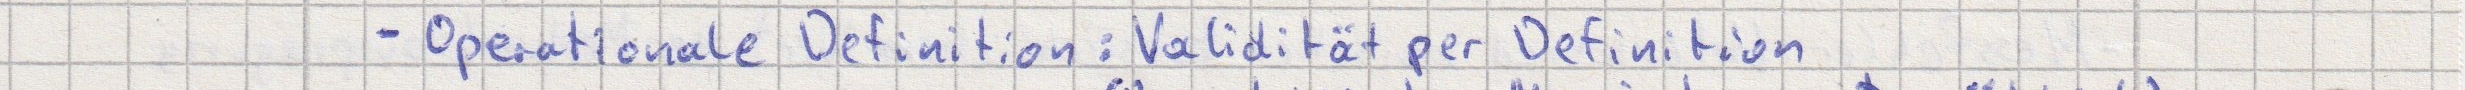
- Operationale Definition: Validität per Definition